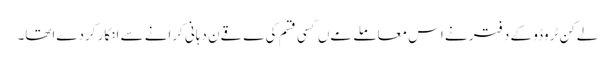
لےکن ٹروڈو کے دفتر نے اس معاملے مےں کسی قسم کی ےقےن دہانی کرانے سے انکار کردےاتھا۔